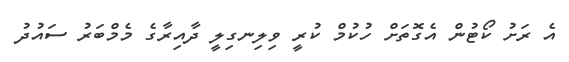
އެ ރަށު ކޯޓުން އެގޮތަށް ހުކުމް ކުރީ ވިލިނގިލީ ދާއިރާގެ މެމްބަރު ސައުދު